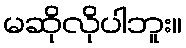
မဆိုလိုပါဘူး။